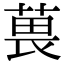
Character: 葨